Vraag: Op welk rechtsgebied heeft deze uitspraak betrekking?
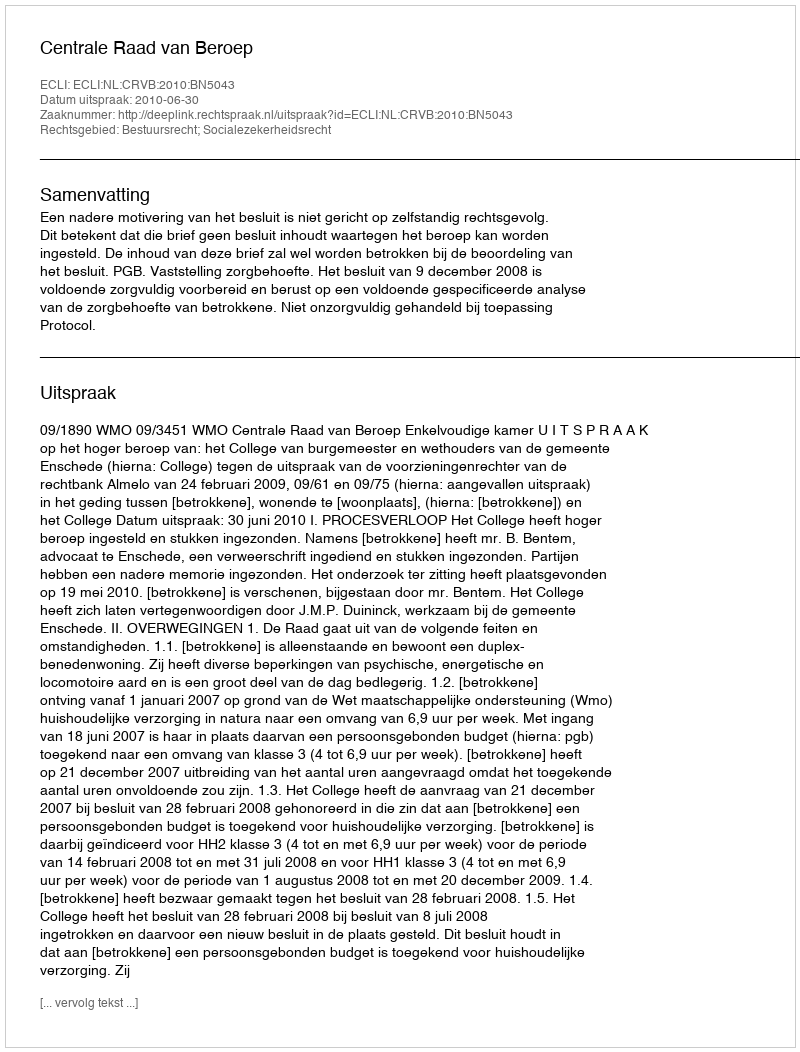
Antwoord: Bestuursrecht; Socialezekerheidsrecht